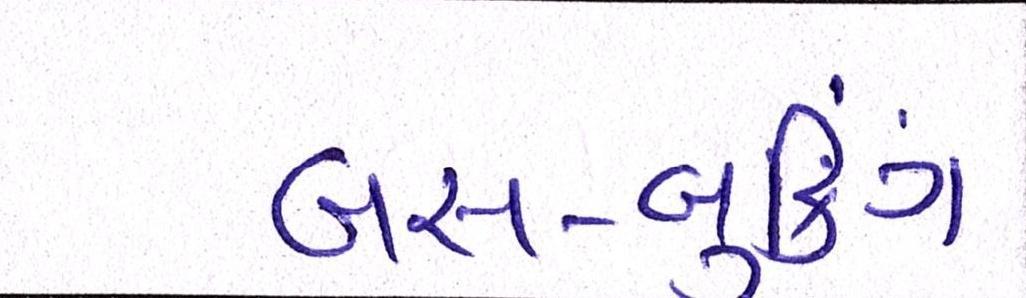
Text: બસ-બુકિંગ